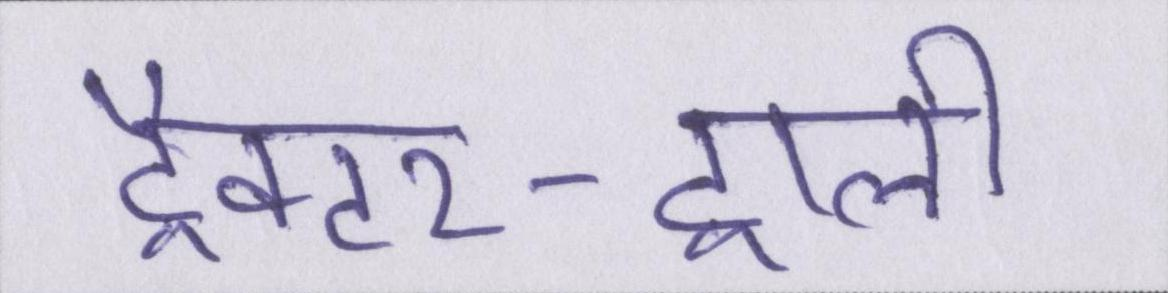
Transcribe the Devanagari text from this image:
ट्रैक्टर-ट्राली